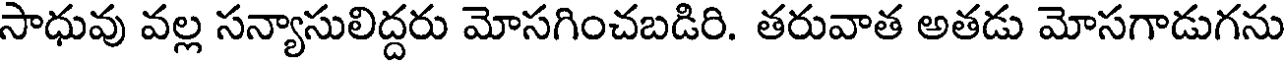
సాధువు వల్ల సన్యాసులిద్దరు మోసగించబడిరి. తరువాత అతడు మోసగాడుగను